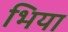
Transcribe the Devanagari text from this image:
भिया